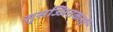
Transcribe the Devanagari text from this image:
सुसज्जितकर्ता